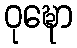
ဝုဍ္ဎော